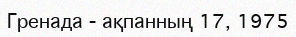
Гренада - ақпанның 17, 1975